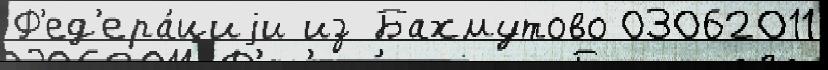
Ф'ед'ера́циjи из Бахмутово 03062011